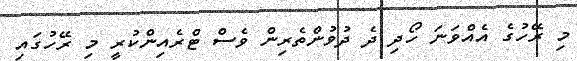
މި ރޭހުގެ އެއްވަނަ ހޯދި ދެ ދުވުންތެރިން ވެސް ޓްރެއިންކުރީ މި ރޭހުގައި